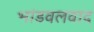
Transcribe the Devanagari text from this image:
भांडवलवाद